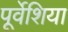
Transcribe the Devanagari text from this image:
पूर्वेशिया